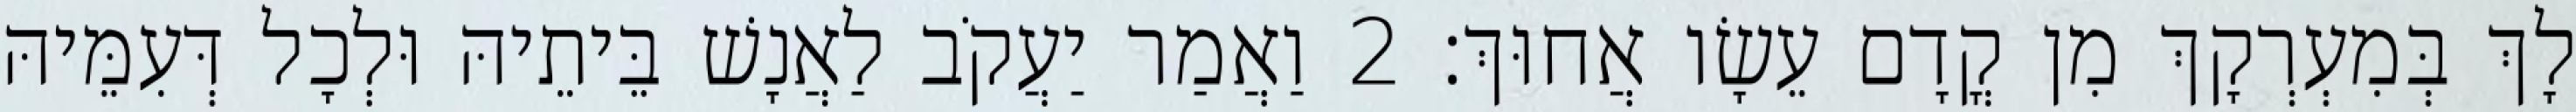
לָךְ בְּמִעְרְקָךְ מִן קֳדָם עֵשָׂו אֲחוּךְ׃ 2 וַאֲמַר יַעֲקֹב לַאֲנָשׁ בֵּיתֵיהּ וּלְכָל דְּעִמֵּיהּ